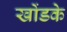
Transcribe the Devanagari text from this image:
खोंडके